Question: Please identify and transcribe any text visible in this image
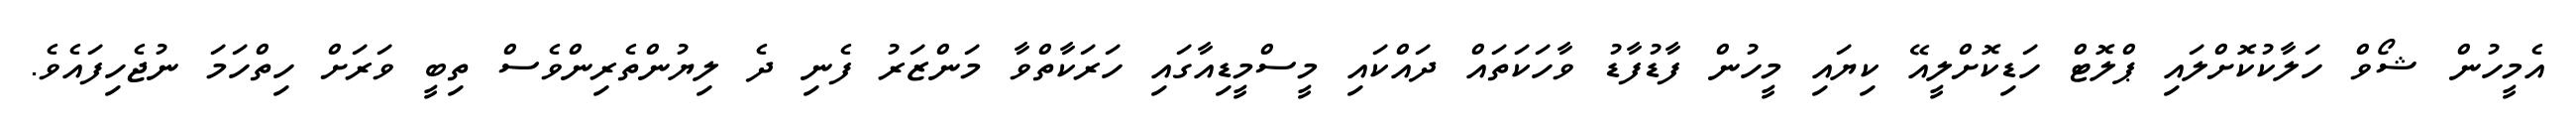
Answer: އެމީހުން ޝޯވް ހަލާކުކޮށްލައި ޕްލޮޓް ހަޑިކޮށްލީއޭ ކިޔައި މީހުން ފާޑުފާޑު ވާހަކަތައް ދައްކައި މީސްމީޑިއާގައި ހަރަކާތްވާ މަންޒަރު ފެނި ދެ ލިޔުންތެރިންވެސް ތިބީ ވަރަށް ހިތްހަމަ ނުޖެހިފައެވެ.